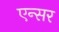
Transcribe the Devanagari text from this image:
एन्सर